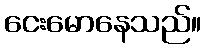
ငေးမောနေသည်။